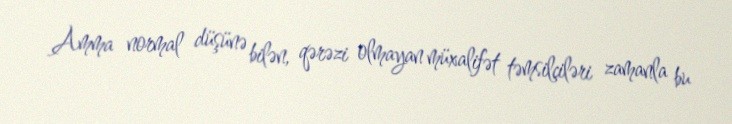
Amma normal düşünə bilən, qərəzi olmayan müxalifət təmsilçiləri zamanla bu